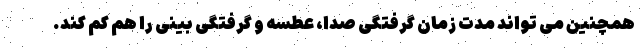
همچنین می تواند مدت زمان گرفتگی صدا، عطسه و گرفتگی بینی را هم کم کند.